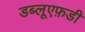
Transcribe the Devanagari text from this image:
डब्लूएफ़डी